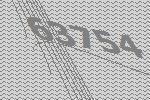
63754